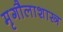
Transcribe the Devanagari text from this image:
मृगौलाशास्त्र